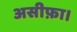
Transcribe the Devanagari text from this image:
असीफ़ा।